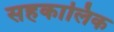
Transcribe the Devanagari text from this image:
सहकालिक